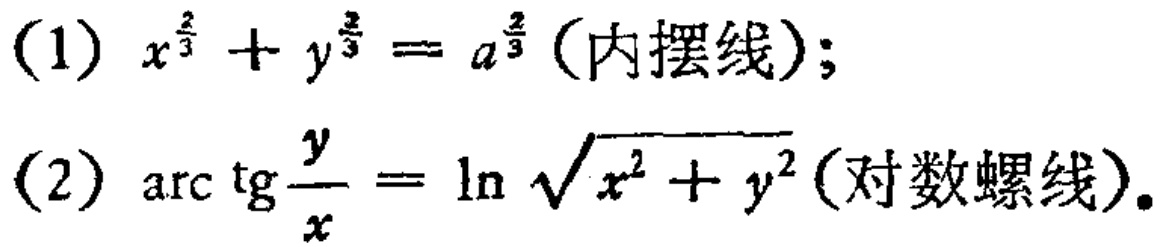
(1) \(x^{\frac{2}{3}} + y^{\frac{2}{3}} = a^{\frac{2}{3}}\)（内摆线）;
(2) \(\mathrm{arc}\tg\frac{y}{x} = \ln\sqrt{x^{2} + y^{2}}\)（对数螺线）.